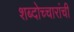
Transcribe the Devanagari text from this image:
शब्दोच्चारांची